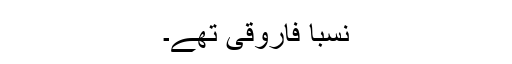
نسباً فاروقی تھے۔